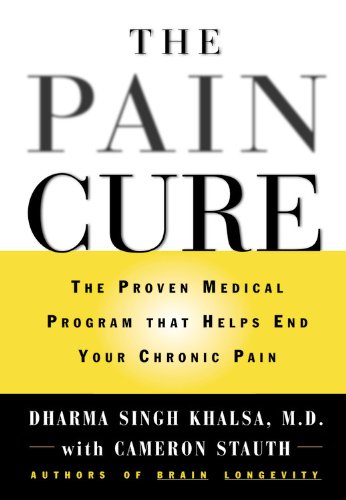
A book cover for The Pain Cure: The Proven Medical Program That Helps End Your Chronic Pain; Dharma Singh Khalsa; Parenting & Relationships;